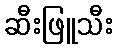
ဆီးဖြူသီး